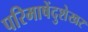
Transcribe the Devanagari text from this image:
परिमाषेंदुशेखर